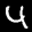
Label: 4